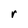
Character: r